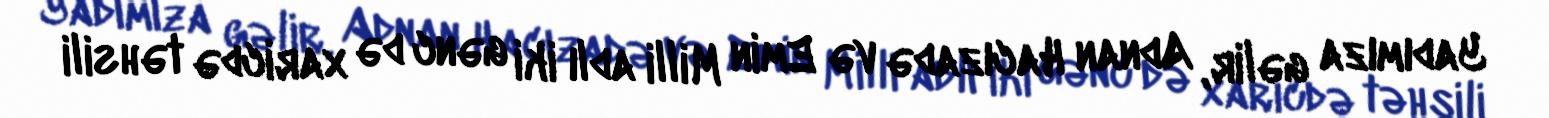
Yadımıza gəlir, Adnan Hacızadə və Emin Milli adlı iki gənc də xaricdə təhsili